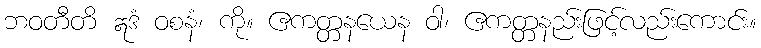
ဘဝတီတိ ဣဒံ ဝစနံ၊ ကို။ ဧကတ္တနယေန ဝါ၊ ဧကတ္တနည်းဖြင့်လည်းကောင်း။